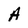
Character: A